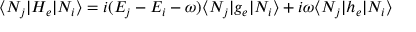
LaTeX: \langle N _ { j } | H _ { e } | N _ { i } \rangle = i ( E _ { j } - E _ { i } - \omega ) \langle N _ { j } | g _ { e } | N _ { i } \rangle + i \omega \langle N _ { j } | h _ { e } | N _ { i } \rangle